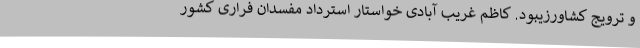
و ترویج کشاورزیبود. کاظم غریب آبادی خواستار استرداد مفسدان فراری کشور